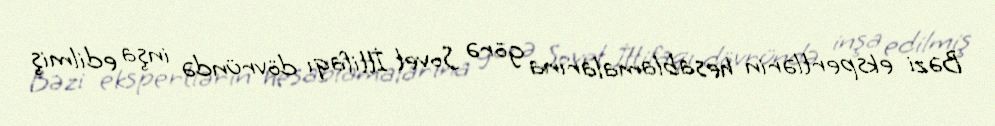
Bəzi ekspertlərin hesablamalarına görə Sovet İttifaqı dövründə inşa edilmiş